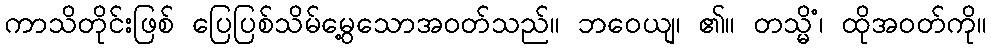
ကာသိတိုင်းဖြစ် ပြေပြစ်သိမ်မွေ့သောအဝတ်သည်။ ဘဝေယျ၊ ၏။ တသ္မိံ၊ ထိုအဝတ်ကို။